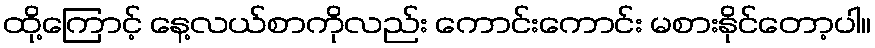
ထို့ကြောင့် နေ့လယ်စာကိုလည်း ကောင်းကောင်း မစားနိုင်တော့ပါ။